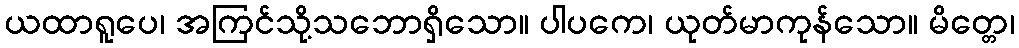
ယထာရူပေ၊ အကြင်သို့သဘောရှိသော။ ပါပကေ၊ ယုတ်မာကုန်သော။ မိတ္တေ၊